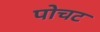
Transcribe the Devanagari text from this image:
पोचट